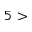
5 >